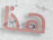
هذا